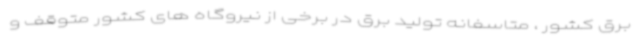
برق کشور ، متاسفانه تولید برق در برخی از نیروگاه های کشور متوقف و